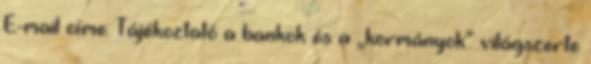
E-mail címe: Tájékoztató a bankok és a „kormányok” világszerte